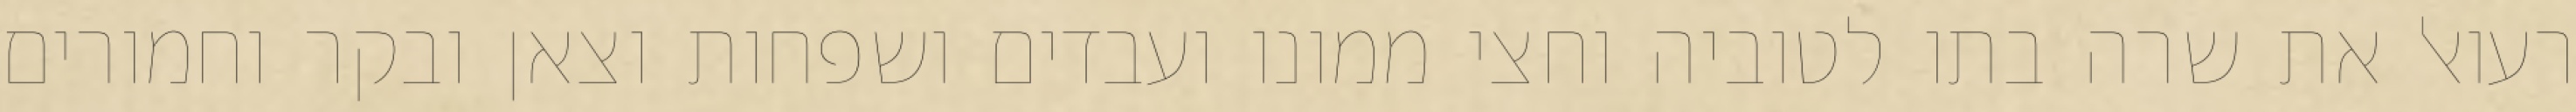
רעואל את שרה בתו לטוביה וחצי ממונו ועבדים ושפחות וצאן ובקר וחמורים